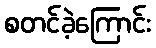
စတင်ခဲ့ကြောင်း